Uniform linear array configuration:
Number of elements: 32
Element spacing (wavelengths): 0.25
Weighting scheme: hann
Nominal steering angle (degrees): -15
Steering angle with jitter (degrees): -15.193
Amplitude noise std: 0.05
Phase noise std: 0.05

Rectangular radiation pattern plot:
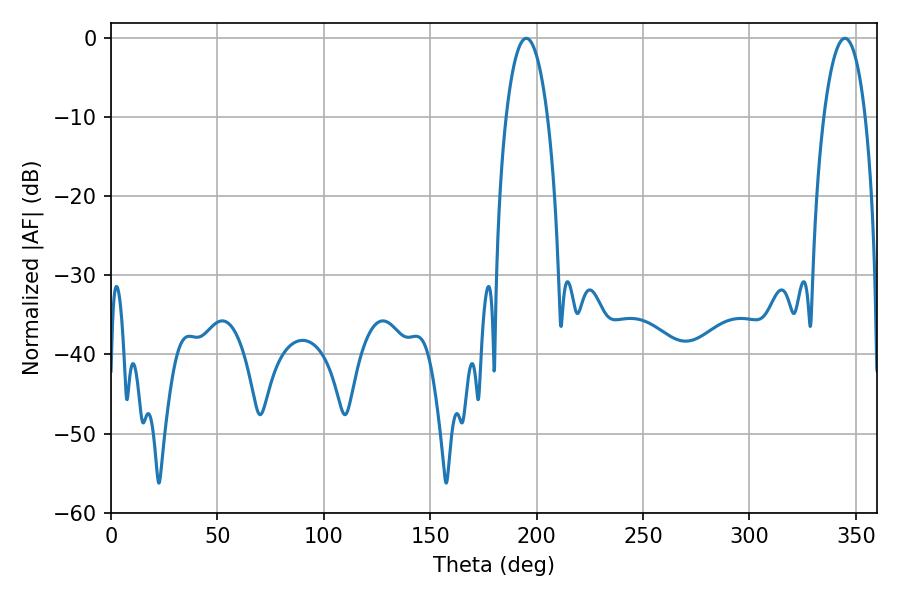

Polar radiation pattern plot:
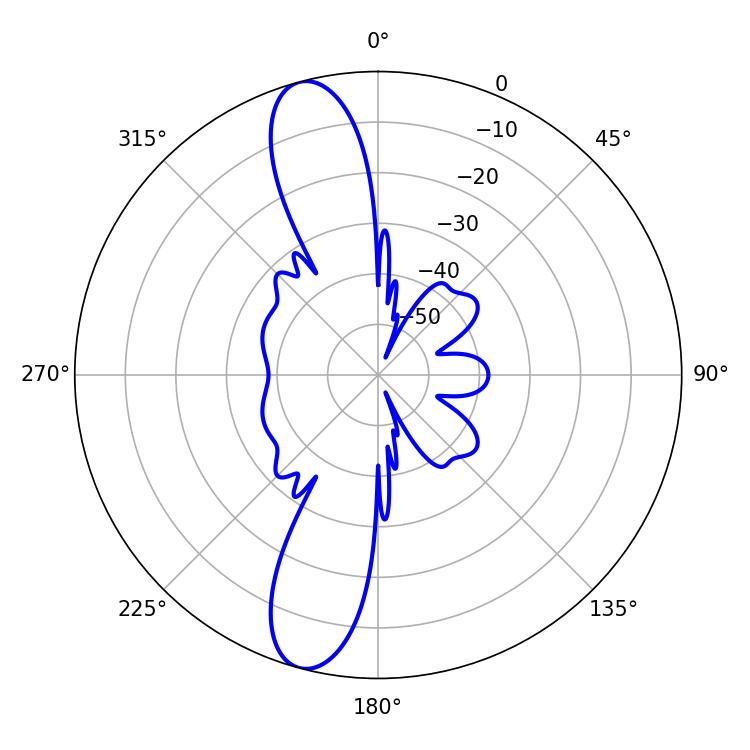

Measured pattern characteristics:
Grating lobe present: FALSE
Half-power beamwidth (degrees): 10.98
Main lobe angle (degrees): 195.12